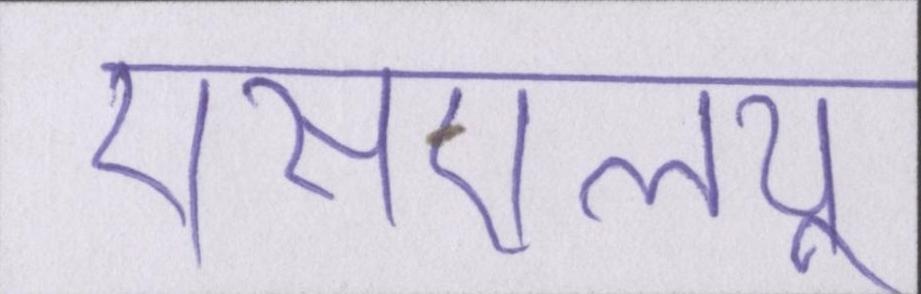
एसएलयू